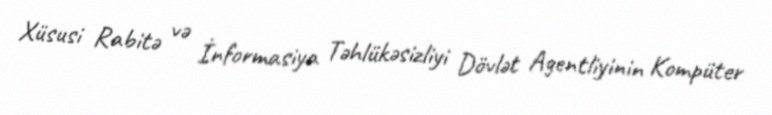
Xüsusi Rabitə və İnformasiya Təhlükəsizliyi Dövlət Agentliyinin Kompüter